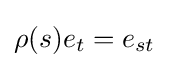
\rho (s)e_{t}=e_{st}